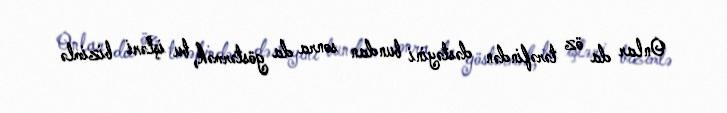
Onlar da öz tərəfindən dəstəyini bundan sonra da göstərmək, bu işləri bizimlə